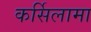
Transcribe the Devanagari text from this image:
कर्सिलामा